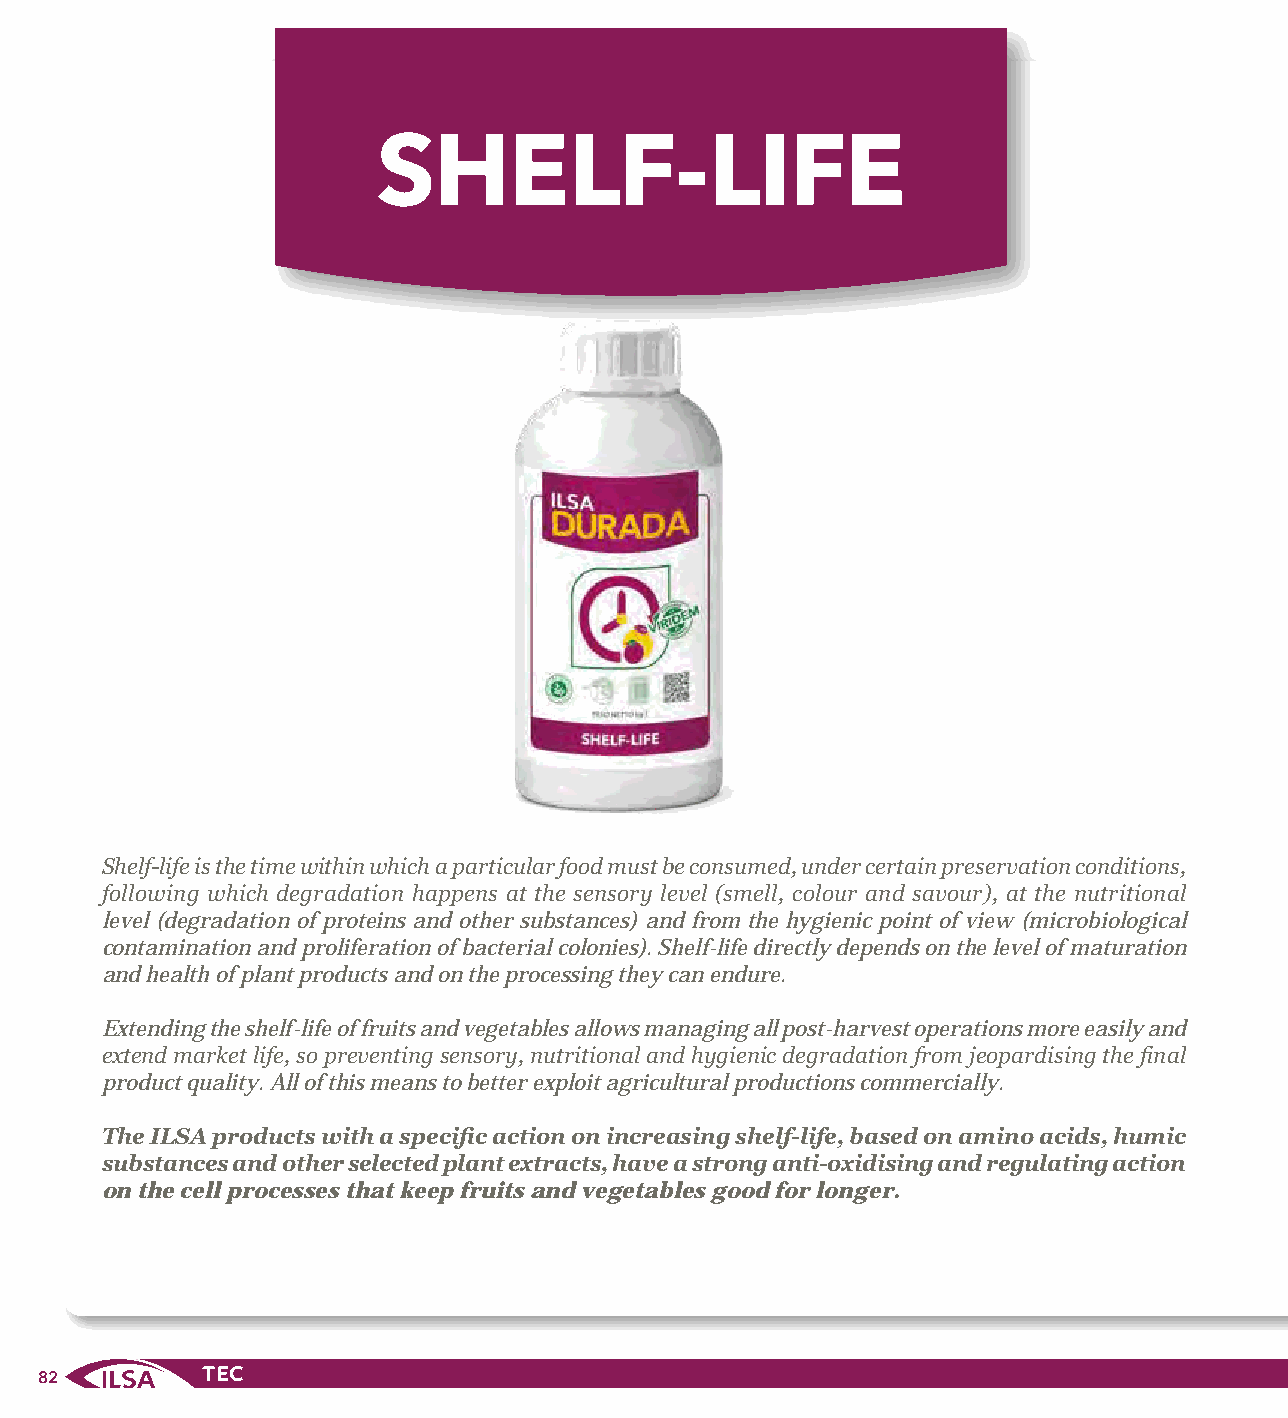
SHELF-LIFE
 Shelf-life is the time within which a particular food must be consumed, under certain preservation conditions,
 following which degradation happens at the sensory level (smell, colour and savour), at the nutritional
 level (degradation of proteins and other substances) and from the hygienic point of view (microbiological
 contamination and proliferation of bacterial colonies). Shelf-life directly depends on the level of maturation
 and health of plant products and on the processing they can endure.
 Extending the shelf-life of fruits and vegetables allows managing all post-harvest operations more easily and
 extend market life, so preventing sensory, nutritional and hygienic degradation from jeopardising the final
 product quality. All of this means to better exploit agricultural productions commercially.
 The ILSA products with a specific action on increasing shelf-life, based on amino acids, humic
 substances and other selected plant extracts, have a strong anti-oxidising and regulating action
 on the cell processes that keep fruits and vegetables good for longer.
 82